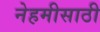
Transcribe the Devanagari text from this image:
नेहमीसाठी